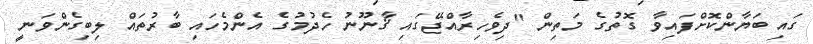
ގައި ބަޔާންކޮށްފައިވާ ގޮތުގެ މަތިން "ދިވެހިރާއްޖޭގައި ޤާނޫނު ހެދުމުގެ އެންމެހައި ބާރުތައް ލިބިގެންވަނީ